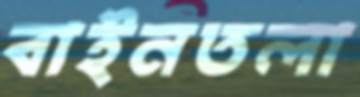
বাইনতলা